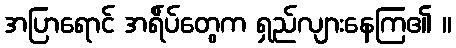
အပြာရောင် အရ်ိပ်တွေက ရှည်လျားနေကြ၏ ။